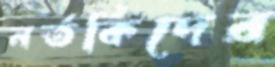
নর্তকিদের